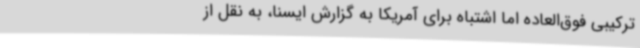
ترکیبی فوق‌العاده اما اشتباه برای آمریکا به گزارش ایسنا، به نقل از